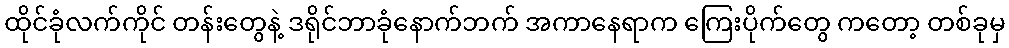
ထိုင်ခုံလက်ကိုင် တန်းတွေနဲ့ ဒရိုင်ဘာခုံနောက်ဘက် အကာနေရာက ကြေးပိုက်တွေ ကတော့ တစ်ခုမှ